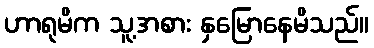
ဟာရုမိက သူ့အစား နှမြောနေမိသည်။